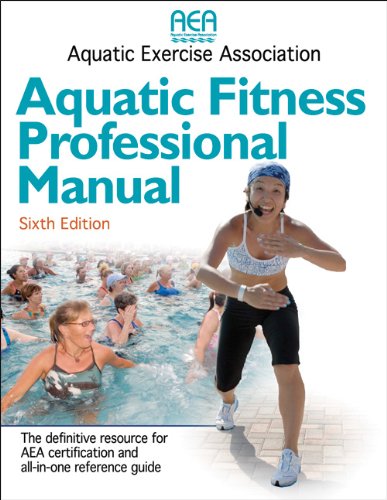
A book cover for Aquatic Fitness Professional Manual - 6th Edition; Aquatic Exercise Association; Health, Fitness & Dieting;